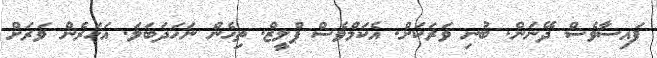
ފައިސާވެސް ދޭނަން. ބުނި ވަރަކަށް. އެކަމްވެސް ޕްލީޒް. ތިހެން ނަހަދަބަލަ. އަހަރެން ވަރަށް